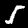
Digit: 5